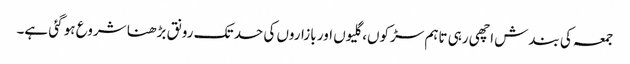
جمعہ کی بندش اچھی رہی تاہم سڑکوں، گلیوں اور بازاروں کی حد تک رونق بڑھنا شروع ہو گئی ہے۔